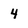
Character: 4